Report of the King Institute of Preventive Medicine, Guindy
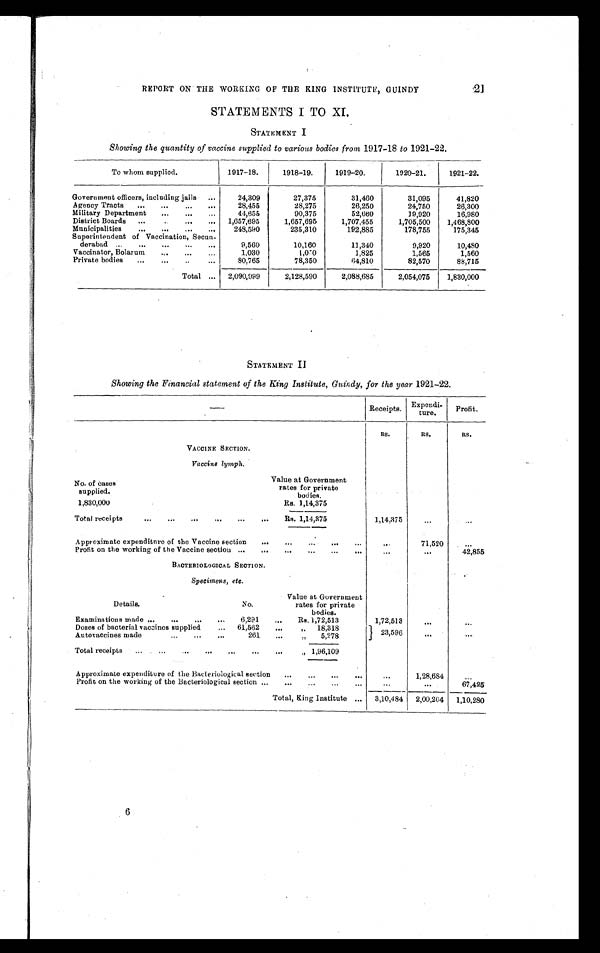
21
REPORT ON THE WORKING OF THE KING INSTITUTE, GUINDY
STATEMENTS I TO XI.
STATEMENT I
Showing the quantity of vaccine supplied to various bodies from 1917-18 to 1921-22.
To whom supplied.
1917-18.
1918-19.
1919-20.
1920-21.
1921-22.
Government officers, including jails . . .
24,309
27,375
31,460
31,095
41,820
Agency Tracts . . .
28,455
28,275
26,250
24,750
26,300
Military Department . . .
44,655
90,375
52,660
19,920
16,980
District Boards . . .
1,657,695
1,657,695
1,707,455
1,705,500
1,468,800
Municipalities . . .
248,590
235,310
192,885
178,755
175,345
Superintendent of Vaccination, Secun
-derabad
9,560
10,160
11,340
9,920
10,480
Vaccinator, Bolarum . . .
1,030
1,050
1,825
1,565
1,560
Private bodies . . .
80,765
78,350
64,810
82,570
88,715
Total . . .
2,090,999
2,128,590
2,088,685
2,054,075
1,830,000
STATEMENT II
Showing the Financial statement of the King Institute, Guindy, for the year 1921-22.
—
Receipts.
Expendi -
ture.
Profit.
VACCINE SECTION.
RS.
RS.
RS.
Vaccine lymph .
No. of cases
supplied.
Value at Government
rates for private
bodies.
1,830,000
Rs. 1,14,375
Total receipts . . .
Rs. 1,14,375
1,14,375
. . .
. . .
Approximate expenditure of the Vaccine section . . .
. . .
71,520
. . .
Profit on the working of the Vaccine section . . .
. . .
. . .
42,855
BACTERIOLOGICAL SECTION.
Specimens, etc.
Details.
No.
Value at Government
rates for private
bodies.
Examinations made . . .
6, 291 . . .
Rs. 1,72,513
1,72,513
. . .
. . .
Doses of bacterial vaccines supplied . . .
61,562 . . .
" 18,318
23,596
Autovaccines made . . .
261 . . .
" 5,278
. . .
. . .
Total receipts . . .
" 1,96,109
Approximate expenditure of the Bacteriological section . . .
. . .
1,28,684
. . .
Profit on the working of the Bacteriological section . . .
. . .
. . .
67,425
Total, King Institute . . .
3,10,484
2,00,204
1,10,280
6